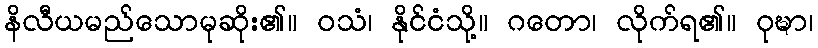
နိလီယမည်သောမုဆိုး၏။ ဝသံ၊ နိုင်ငံသို့။ ဂတော၊ လိုက်ရ၏။ ဝုဍ္ဎာ၊